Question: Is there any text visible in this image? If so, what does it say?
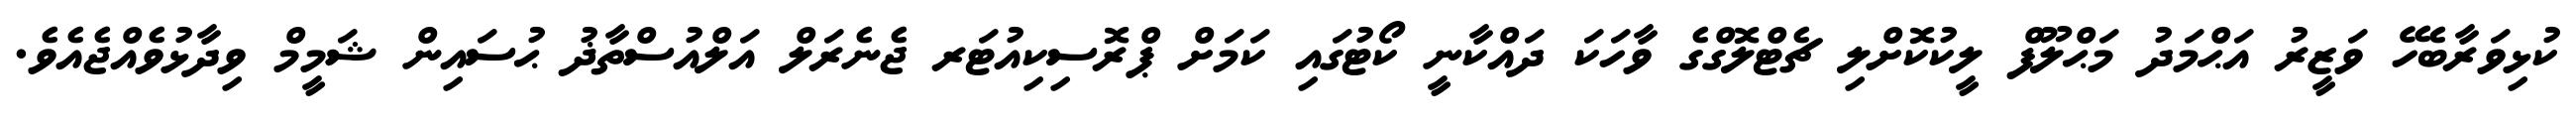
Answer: ކުޅިވަރާބެހޭ ވަޒީރު އަޙްމަދު މަޙްލޫފް ލީކުކޮށްލި ޗެޓްލޮގްގެ ވާހަކަ ދައްކާނީ ކޯޓުގައި ކަމަށް ޕްރޮސިކިއުޓަރ ޖެނެރަލް އަލްއުސްތާޛު ޙުސައިން ޝަމީމް ވިދާޅުވެއްޖެއެވެ.